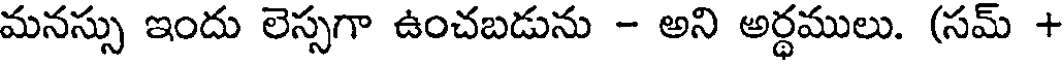
మనస్సు ఇందు లెస్సగా ఉంచబడును - అని అర్థములు. (సమ్ +